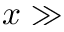
x \gg